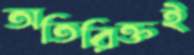
অতিরিক্তই